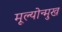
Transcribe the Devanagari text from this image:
मूल्योन्मुख